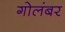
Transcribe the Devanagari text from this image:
गोलंबर